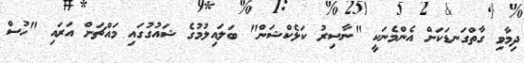
ދިމާވި ގާތްގަނޑަކަށް އެންމެނަކީ "ނާސިރު ކަލެކްޝަން" ބަލައިލުމުގެ ޝައުގުގައި މައްޗަށް އަރައި "ހުސް